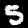
Digit: 5